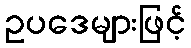
ဥပဒေများဖြင့်